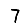
Digit: 7